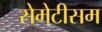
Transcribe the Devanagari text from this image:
सेमेटीसम